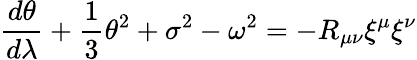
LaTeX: \frac{d\theta}{d\lambda}+\frac{1}{3}\theta^{2}+\sigma^{2}-\omega^{2}=-R_{\mu\nu}\xi^{\mu}\xi^{\nu}